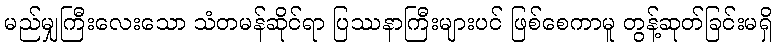
မည်မျှကြီးလေးသော သံတမန်ဆိုင်ရာ ပြဿနာကြီးများပင် ဖြစ်စေကာမူ တွန့်ဆုတ်ခြင်းမရှိ